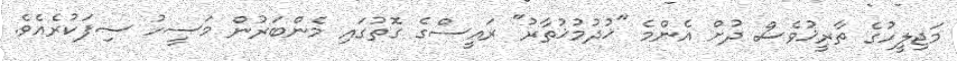
މަޖިލީހުގެ ތާރީޚުވެސް ދުށް އެންމެ "ޚުދުމުޚުތާރު" ރައީސްގެ ގޮތުގައި މެންބަރުން މަސީހު ސިފަކުރެއެވެ.